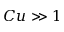
C u \gg 1